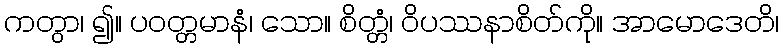
ကတွာ၊ ၍။ ပဝတ္တမာနံ၊ သော။ စိတ္တံ၊ ဝိပဿနာစိတ်ကို။ အာမောဒေတိ၊